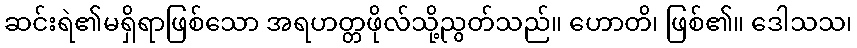
ဆင်းရဲ၏မရှိရာဖြစ်သော အရဟတ္တဖိုလ်သို့ညွတ်သည်။ ဟောတိ၊ ဖြစ်၏။ ဒေါသသ၊